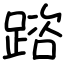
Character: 䠖